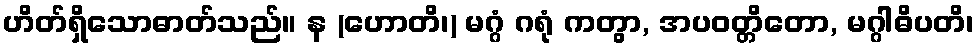
ဟိတ်ရှိသောဓာတ်သည်။ န (ဟောတိ၊) မဂ္ဂံ ဂရုံ ကတွာ, အပဝတ္တိတော, မဂ္ဂါဓိပတိ၊